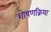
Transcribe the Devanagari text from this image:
शोषणक्रिया